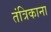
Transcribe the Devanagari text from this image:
तंत्रिकाना